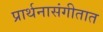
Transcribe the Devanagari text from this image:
प्रार्थनासंगीतात